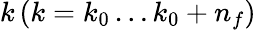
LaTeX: k\left(k=k_{0}\ldots k_{0}+n_{f}\right)